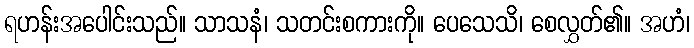
ရဟန်းအပေါင်းသည်။ သာသနံ၊ သတင်းစကားကို။ ပေသေသိ၊ စေလွှတ်၏။ အဟံ၊